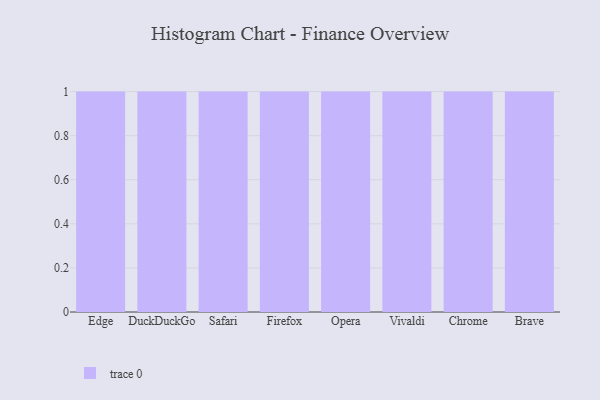
{"axis": {"x": "Browser", "y": "Net Income (USD K)"}, "legend": [""], "data": [{"x": "Edge", "y": 35, "type": ""}, {"x": "DuckDuckGo", "y": 81, "type": ""}, {"x": "Safari", "y": 40, "type": ""}, {"x": "Firefox", "y": 81, "type": ""}, {"x": "Opera", "y": 44, "type": ""}, {"x": "Vivaldi", "y": 79, "type": ""}, {"x": "Chrome", "y": 73, "type": ""}, {"x": "Brave", "y": 96, "type": ""}]}